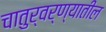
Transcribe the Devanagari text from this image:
चातुर्वर्ण्यातील